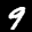
Label: 9